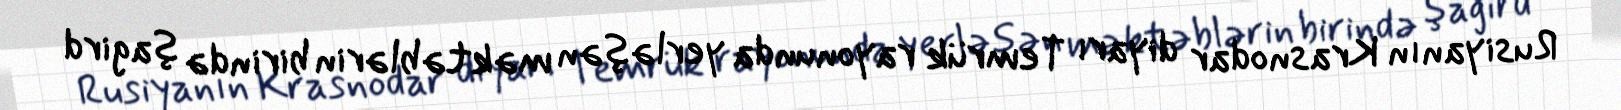
Rusiyanın Krasnodar diyarı Temrük rayonunda yerləşən məktəblərin birində şagird